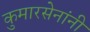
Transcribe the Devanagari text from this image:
कुमारसेनांनी